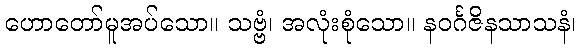
ဟောတော်မူအပ်သော။ သဗ္ဗံ၊ အလုံးစုံသော။ နဝင်္ဂဇိနသာသနံ၊